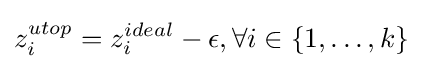
z_{i}^{utop}=z_{i}^{ideal}-\epsilon ,\forall i\in \{1,\dots ,k\}